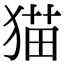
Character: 猫